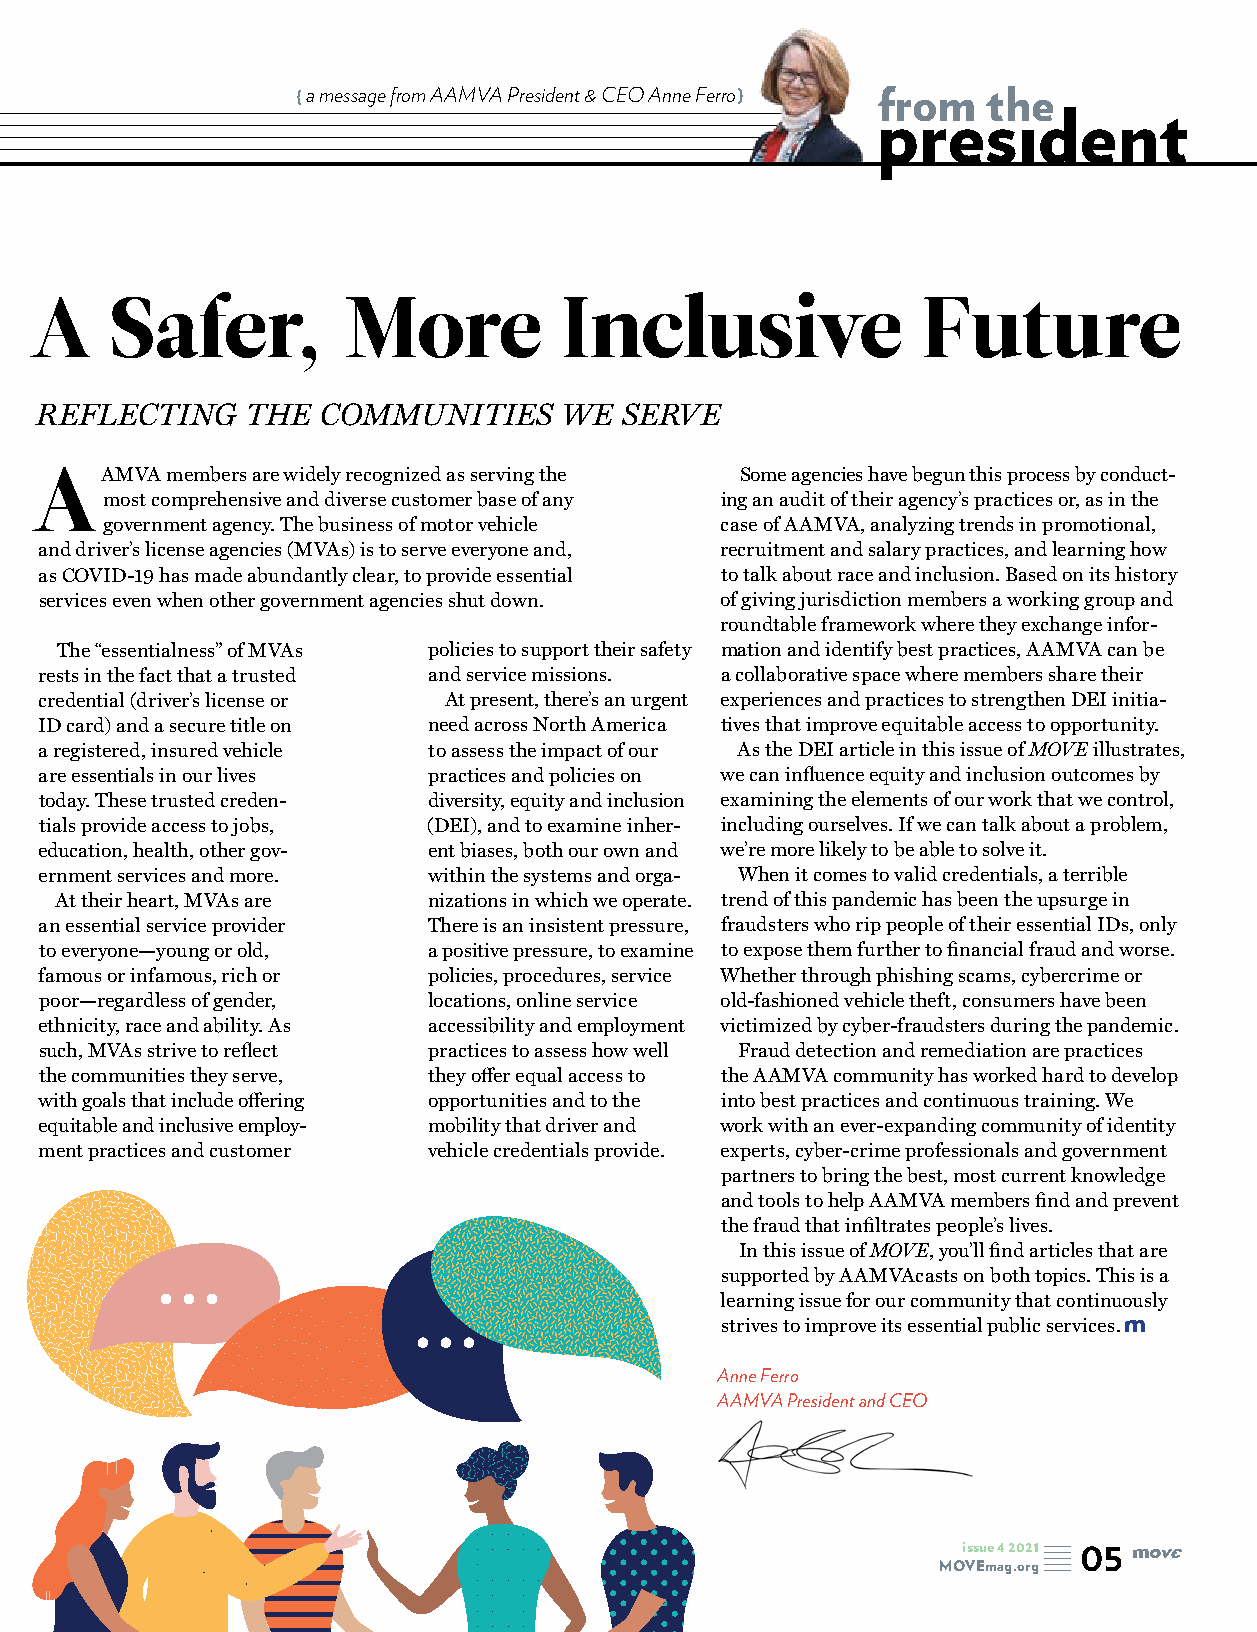
a message from AAMVA President & CEO Anne Ferro} from the
 presıdent
 A    Safer,          More          Inclusive               Future
 REFLECTING    THE  COMMUNITIES     WE  SERVE
 AAMVA    members are widely recognized as serving the Some agencies have begun this process by conduct-
 most comprehensive and diverse customer base of any ing an audit of their agency’s practices or, as in the
 government agency. The business of motor vehicle case of AAMVA, analyzing trends in promotional,
 and driver’s license agencies (MVAs) is to serve everyone and, recruitment and salary practices, and learning how
 as COVID-19 has made abundantly clear, to provide essential to talk about race and inclusion. Based on its history
 services even when other government agencies shut down. of giving jurisdiction members a working group and
 roundtable framework where they exchange infor-
 The “essentialness” of MVAs policies to support their safety mation and identify best practices, AAMVA can be
 rests in the fact that a trusted and service missions. a collaborative space where members share their
 credential (driver’s license or At present, there’s an urgent experiences and practices to strengthen DEI initia-
 ID card) and a secure title on need across North America tives that improve equitable access to opportunity.
 a registered, insured vehicle to assess the impact of our As the DEI article in this issue of MOVE illustrates,
 are essentials in our lives practices and policies on we can influence equity and inclusion outcomes by
 today. These trusted creden- diversity, equity and inclusion examining the elements of our work that we control,
 tials provide access to jobs, (DEI), and to examine inher- including ourselves. If we can talk about a problem,
 education, health, other gov- ent biases, both our own and we’re more likely to be able to solve it.
 ernment services and more. within the systems and orga- When it comes to valid credentials, a terrible
 At their heart, MVAs are nizations in which we operate. trend of this pandemic has been the upsurge in
 an essential service provider There is an insistent pressure, fraudsters who rip people of their essential IDs, only
 to everyone—young or old, a positive pressure, to examine to expose them further to financial fraud and worse.
 famous or infamous, rich or policies, procedures, service Whether through phishing scams, cybercrime or
 poor—regardless of gender, locations, online service old-fashioned vehicle theft, consumers have been
 ethnicity, race and ability. As accessibility and employment victimized by cyber-fraudsters during the pandemic.
 such, MVAs strive to reflect practices to assess how well Fraud detection and remediation are practices
 the communities they serve, they offer equal access to the AAMVA community has worked hard to develop
 with goals that include offering opportunities and to the into best practices and continuous training. We
 equitable and inclusive employ- mobility that driver and work with an ever-expanding community of identity
 ment practices and customer vehicle credentials provide. experts, cyber-crime professionals and government
 partners to bring the best, most current knowledge
 and tools to help AAMVA members find and prevent
 the fraud that infiltrates people’s lives.
 In this issue of MOVE, you’ll find articles that are
 supported by AAMVAcasts on both topics. This is a
 learning issue for our community that continuously
 strives to improve its essential public services.
 Anne Ferro
 AAMVA President and CEO
 issue 4 2021 05
 MOVEmag.org